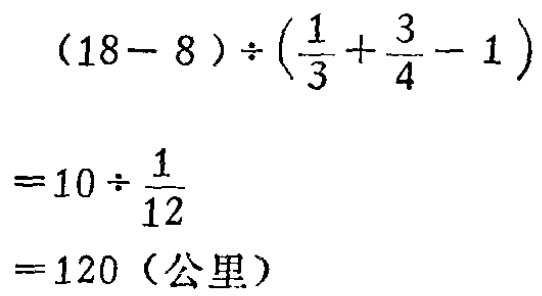
\[(18 - 8)\div\left(\frac{1}{3}+\frac{3}{4}-1\right)\]

\[= 10\div\frac{1}{12}\]

\[= 120 \text{（公里）}\]